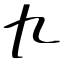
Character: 九